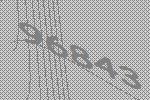
96843